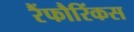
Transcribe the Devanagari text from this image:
रैंफौरिंकस